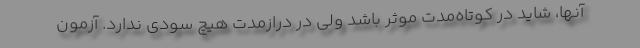
آنها، شاید در کوتاه‌مدت موثر باشد ولی در درازمدت هیچ سودی ندارد. آزمون